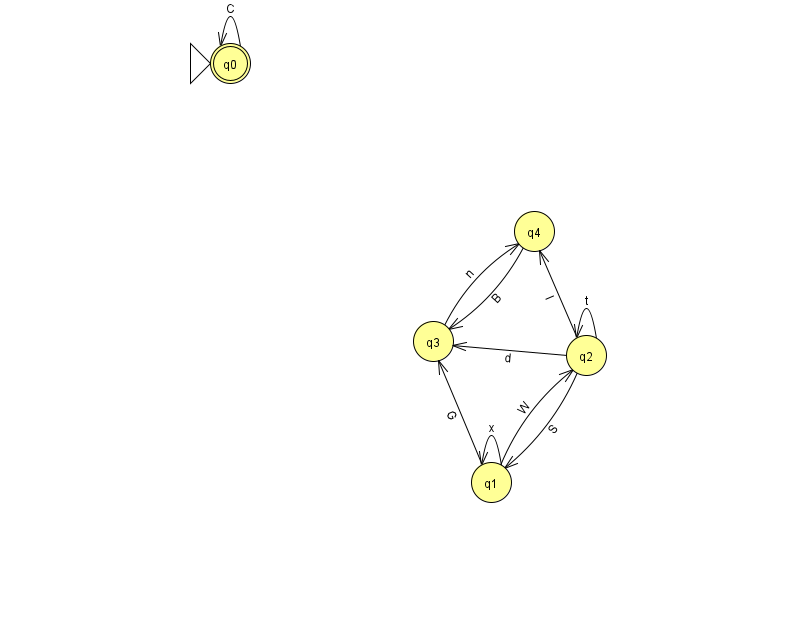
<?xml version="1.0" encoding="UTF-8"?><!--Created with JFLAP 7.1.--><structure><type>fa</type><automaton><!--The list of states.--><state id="0" name="q0"><x>230.0</x><y>50.0</y><initial/><final/></state><state id="1" name="q1"><x>491.0</x><y>469.0</y></state><state id="2" name="q2"><x>586.0</x><y>342.0</y></state><state id="3" name="q3"><x>433.0</x><y>328.0</y></state><state id="4" name="q4"><x>534.0</x><y>218.0</y></state><!--The list of transitions.--><transition><from>0</from><to>0</to><read>C</read></transition><transition><from>1</from><to>3</to><read>G</read></transition><transition><from>2</from><to>2</to><read>t</read></transition><transition><from>4</from><to>3</to><read>B</read></transition><transition><from>2</from><to>4</to><read>I</read></transition><transition><from>1</from><to>1</to><read>x</read></transition><transition><from>3</from><to>4</to><read>n</read></transition><transition><from>2</from><to>1</to><read>S</read></transition><transition><from>1</from><to>2</to><read>W</read></transition><transition><from>2</from><to>3</to><read>d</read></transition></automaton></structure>